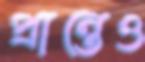
প্রান্তেও